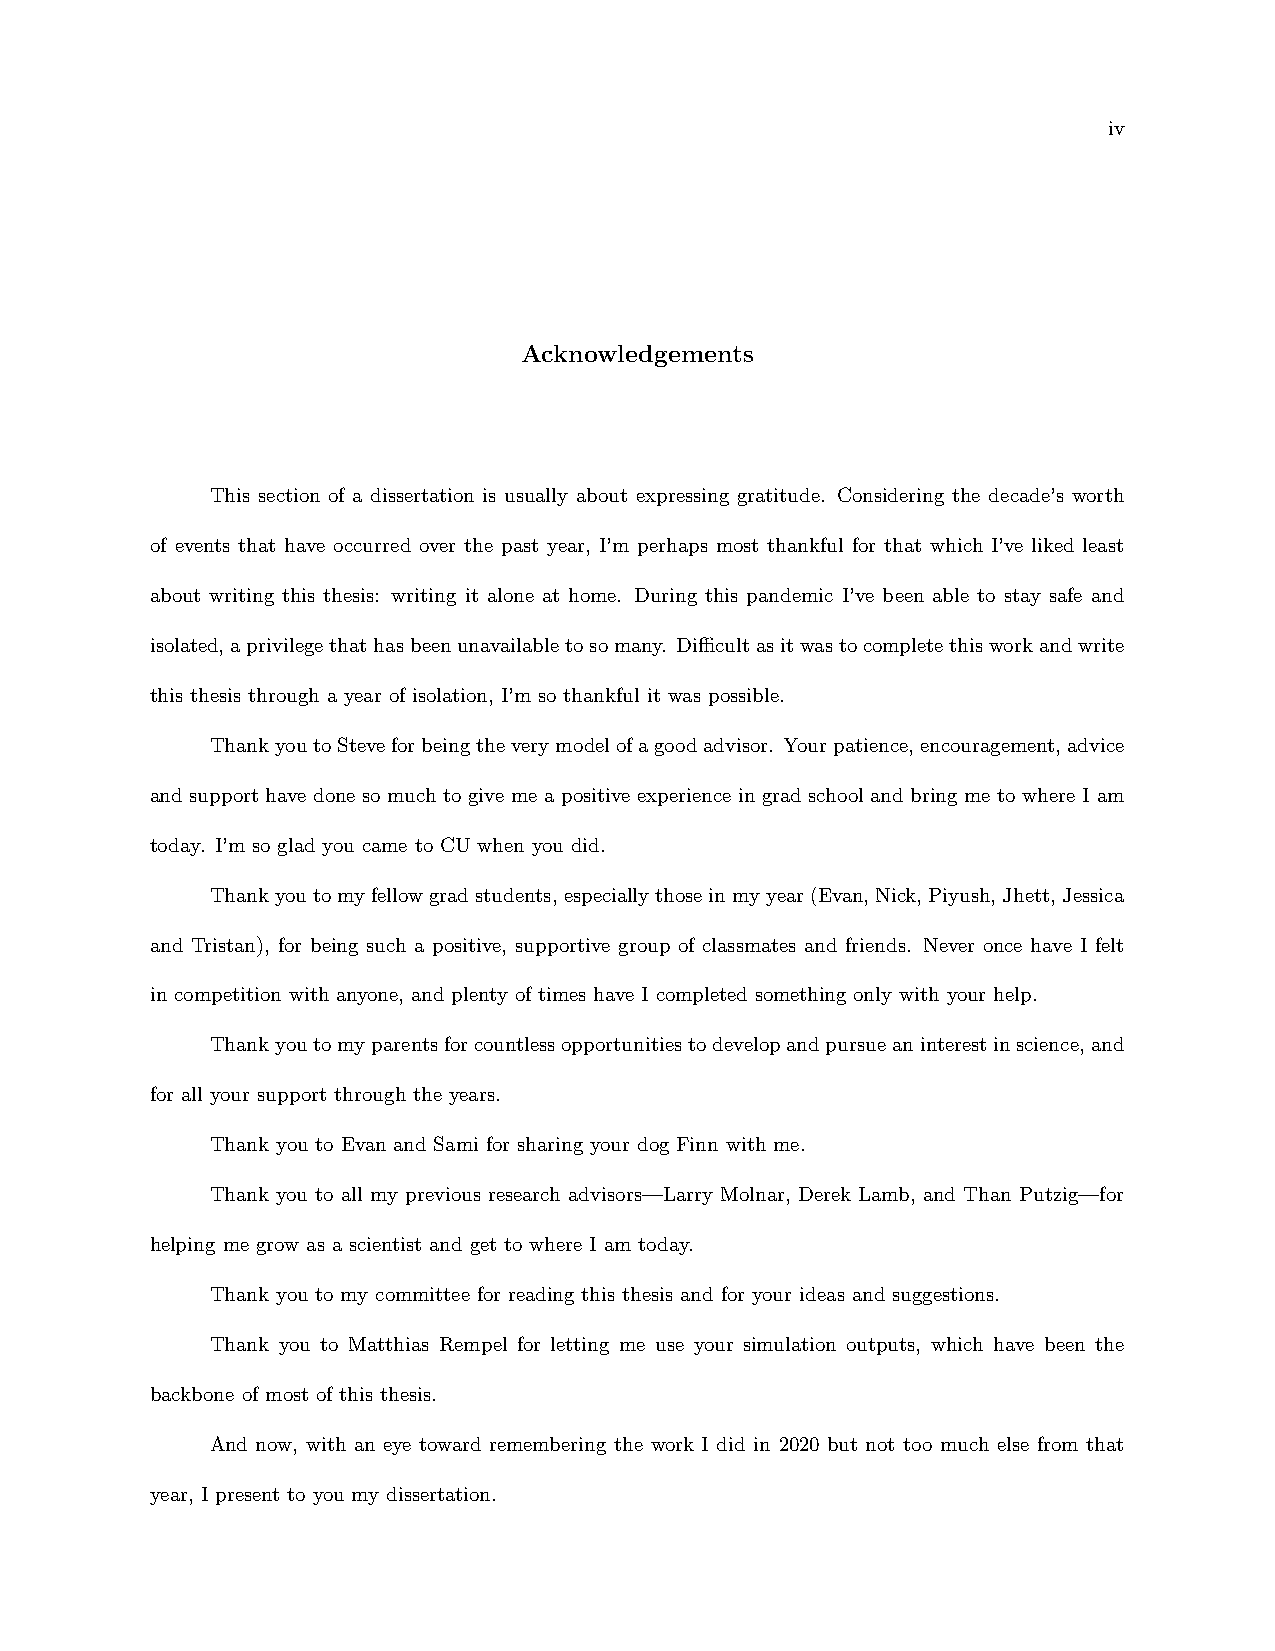
iv
 Acknowledgements
 This section of a dissertation is usually about expressing gratitude. Considering the decade’s worth
 of events that have occurred over the past year, I’m perhaps most thankful for that which I’ve liked least
 about writing this thesis: writing it alone at home. During this pandemic I’ve been able to stay safe and
 isolated,aprivilegethathasbeenunavailabletosomany. Difficultasitwastocompletethisworkandwrite
 this thesis through a year of isolation, I’m so thankful it was possible.
 ThankyoutoSteveforbeingtheverymodelofagoodadvisor. Yourpatience,encouragement,advice
 and support have done so much to give me a positive experience in grad school and bring me to where I am
 today. I’m so glad you came to CU when you did.
 Thankyoutomyfellowgradstudents,especiallythoseinmyyear(Evan,Nick,Piyush,Jhett,Jessica
 and Tristan), for being such a positive, supportive group of classmates and friends. Never once have I felt
 in competition with anyone, and plenty of times have I completed something only with your help.
 Thankyoutomyparentsforcountlessopportunitiestodevelopandpursueaninterestinscience,and
 for all your support through the years.
 Thank you to Evan and Sami for sharing your dog Finn with me.
 Thank you to all my previous research advisors—Larry Molnar, Derek Lamb, and Than Putzig—for
 helping me grow as a scientist and get to where I am today.
 Thank you to my committee for reading this thesis and for your ideas and suggestions.
 Thank you to Matthias Rempel for letting me use your simulation outputs, which have been the
 backbone of most of this thesis.
 And now, with an eye toward remembering the work I did in 2020 but not too much else from that
 year, I present to you my dissertation.